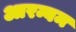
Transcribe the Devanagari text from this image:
आरम्बम